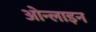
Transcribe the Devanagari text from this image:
ओन्लाइन